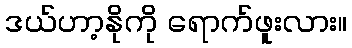
ဒယ်ဟာ့နိုကို ရောက်ဖူးလား။